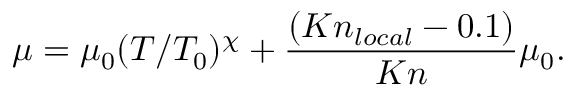
\mu = \mu _ { 0 } ( T / T _ { 0 } ) ^ { \chi } + \frac { ( K n _ { l o c a l } - 0 . 1 ) } { K n } \mu _ { 0 } .